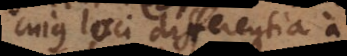
cujus loci differentia a